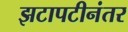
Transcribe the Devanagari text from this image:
झटापटीनंतर